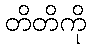
တိတိကို